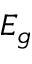
E _ { g }